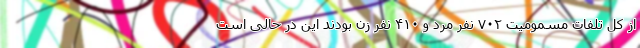
از کل تلفات مسمومیت ۷۰۲ نفر مرد و ۴۱۰ نفر زن بودند این در حالی است